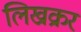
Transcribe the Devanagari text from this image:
लिख्रक्रर